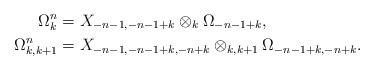
LaTeX: \begin{align*}\Omega_{k}^{n} &= X_{-n-1,-n-1+k}\otimes_k \Omega_{-n-1+k} ,\\\Omega_{k,k+1}^{n} &= X_{-n-1,-n-1+k,-n+k}\otimes_{k,k+1} \Omega_{-n-1+k,-n+k} .\end{align*}